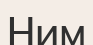
Ним